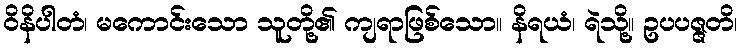
ဝိနိပါတံ၊ မကောင်းသော သူတို့၏ ကျရာဖြစ်သော။ နိရယံ၊ ရဲသို့။ ဥပပဇ္ဇတိ၊